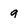
Character: 9